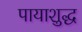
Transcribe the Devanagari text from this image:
पायाशुद्ध